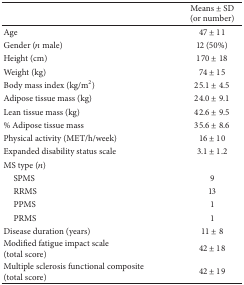
<table><thead><tr><td><b> </b></td><td><b>Means ± SD (or number)</b></td></tr></thead><tbody><tr><td>Age</td><td>47 ± 11</td></tr><tr><td>Gender (<i>n</i> male)</td><td>12 (50%)</td></tr><tr><td>Height (cm)</td><td>170 ± 18</td></tr><tr><td>Weight (kg)</td><td>74 ± 15</td></tr><tr><td>Body mass index (kg/m2)</td><td>25.1 ± 4.5</td></tr><tr><td>Adipose tissue mass (kg)</td><td>24.0 ± 9.1</td></tr><tr><td>Lean tissue mass (kg)</td><td>42.6 ± 9.5</td></tr><tr><td>% Adipose tissue mass</td><td>35.6 ± 8.6</td></tr><tr><td>Physical activity (MET/h/week)</td><td>16 ± 10</td></tr><tr><td>Expanded disability status scale </td><td>3.1 ± 1.2</td></tr><tr><td>MS type (<i>n</i>)</td><td> </td></tr><tr><td> SPMS</td><td>9</td></tr><tr><td> RRMS</td><td>13</td></tr><tr><td> PPMS</td><td>1</td></tr><tr><td> PRMS</td><td>1</td></tr><tr><td>Disease duration (years)</td><td>11 ± 8</td></tr><tr><td>Modified fatigue impact scale (total score)</td><td>42 ± 18</td></tr><tr><td>Multiple sclerosis functional composite (total score)</td><td>42 ± 19</td></tr></tbody></table>